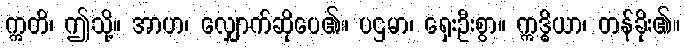
ဣတိ၊ ဤသို့။ အာဟ၊ လျှောက်ဆိုပေ၏။ ပဌမာ၊ ရှေးဦးစွာ။ ဣဒ္ဓိယာ၊ တန်ခိုး၏။